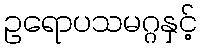
ဥရောပသမဂ္ဂနှင့်